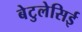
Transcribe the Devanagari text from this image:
बेटुलेसिई